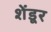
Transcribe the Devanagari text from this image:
शेंडूर